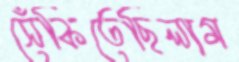
সেঁকিতেছিলাম